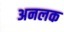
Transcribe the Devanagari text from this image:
अनलक